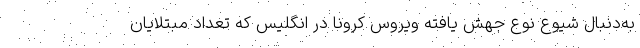
به‌دنبال شیوع نوع جهش یافته ویروس کرونا در انگلیس که تعداد مبتلایان